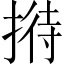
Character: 𢱜